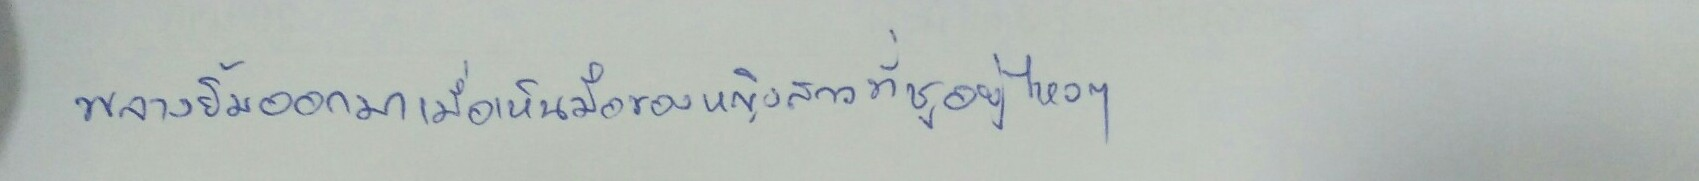
พลางยิ้มออกมาเมื่อเห็นมือของหญิงสาวที่ชูอยู่ไหวๆ